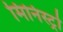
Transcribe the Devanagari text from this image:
मिनिस्ट्रो